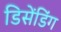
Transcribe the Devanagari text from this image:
डिसेंडिंग